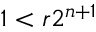
1 < r 2 ^ { n + 1 }